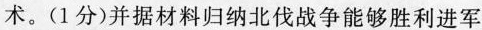
术。(1分)并据材料归纳北伐战争能够胜利进军